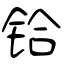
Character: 铪